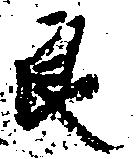
良